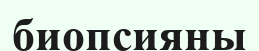
биопсияны